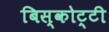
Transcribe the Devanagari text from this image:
बिस्कोट्टी